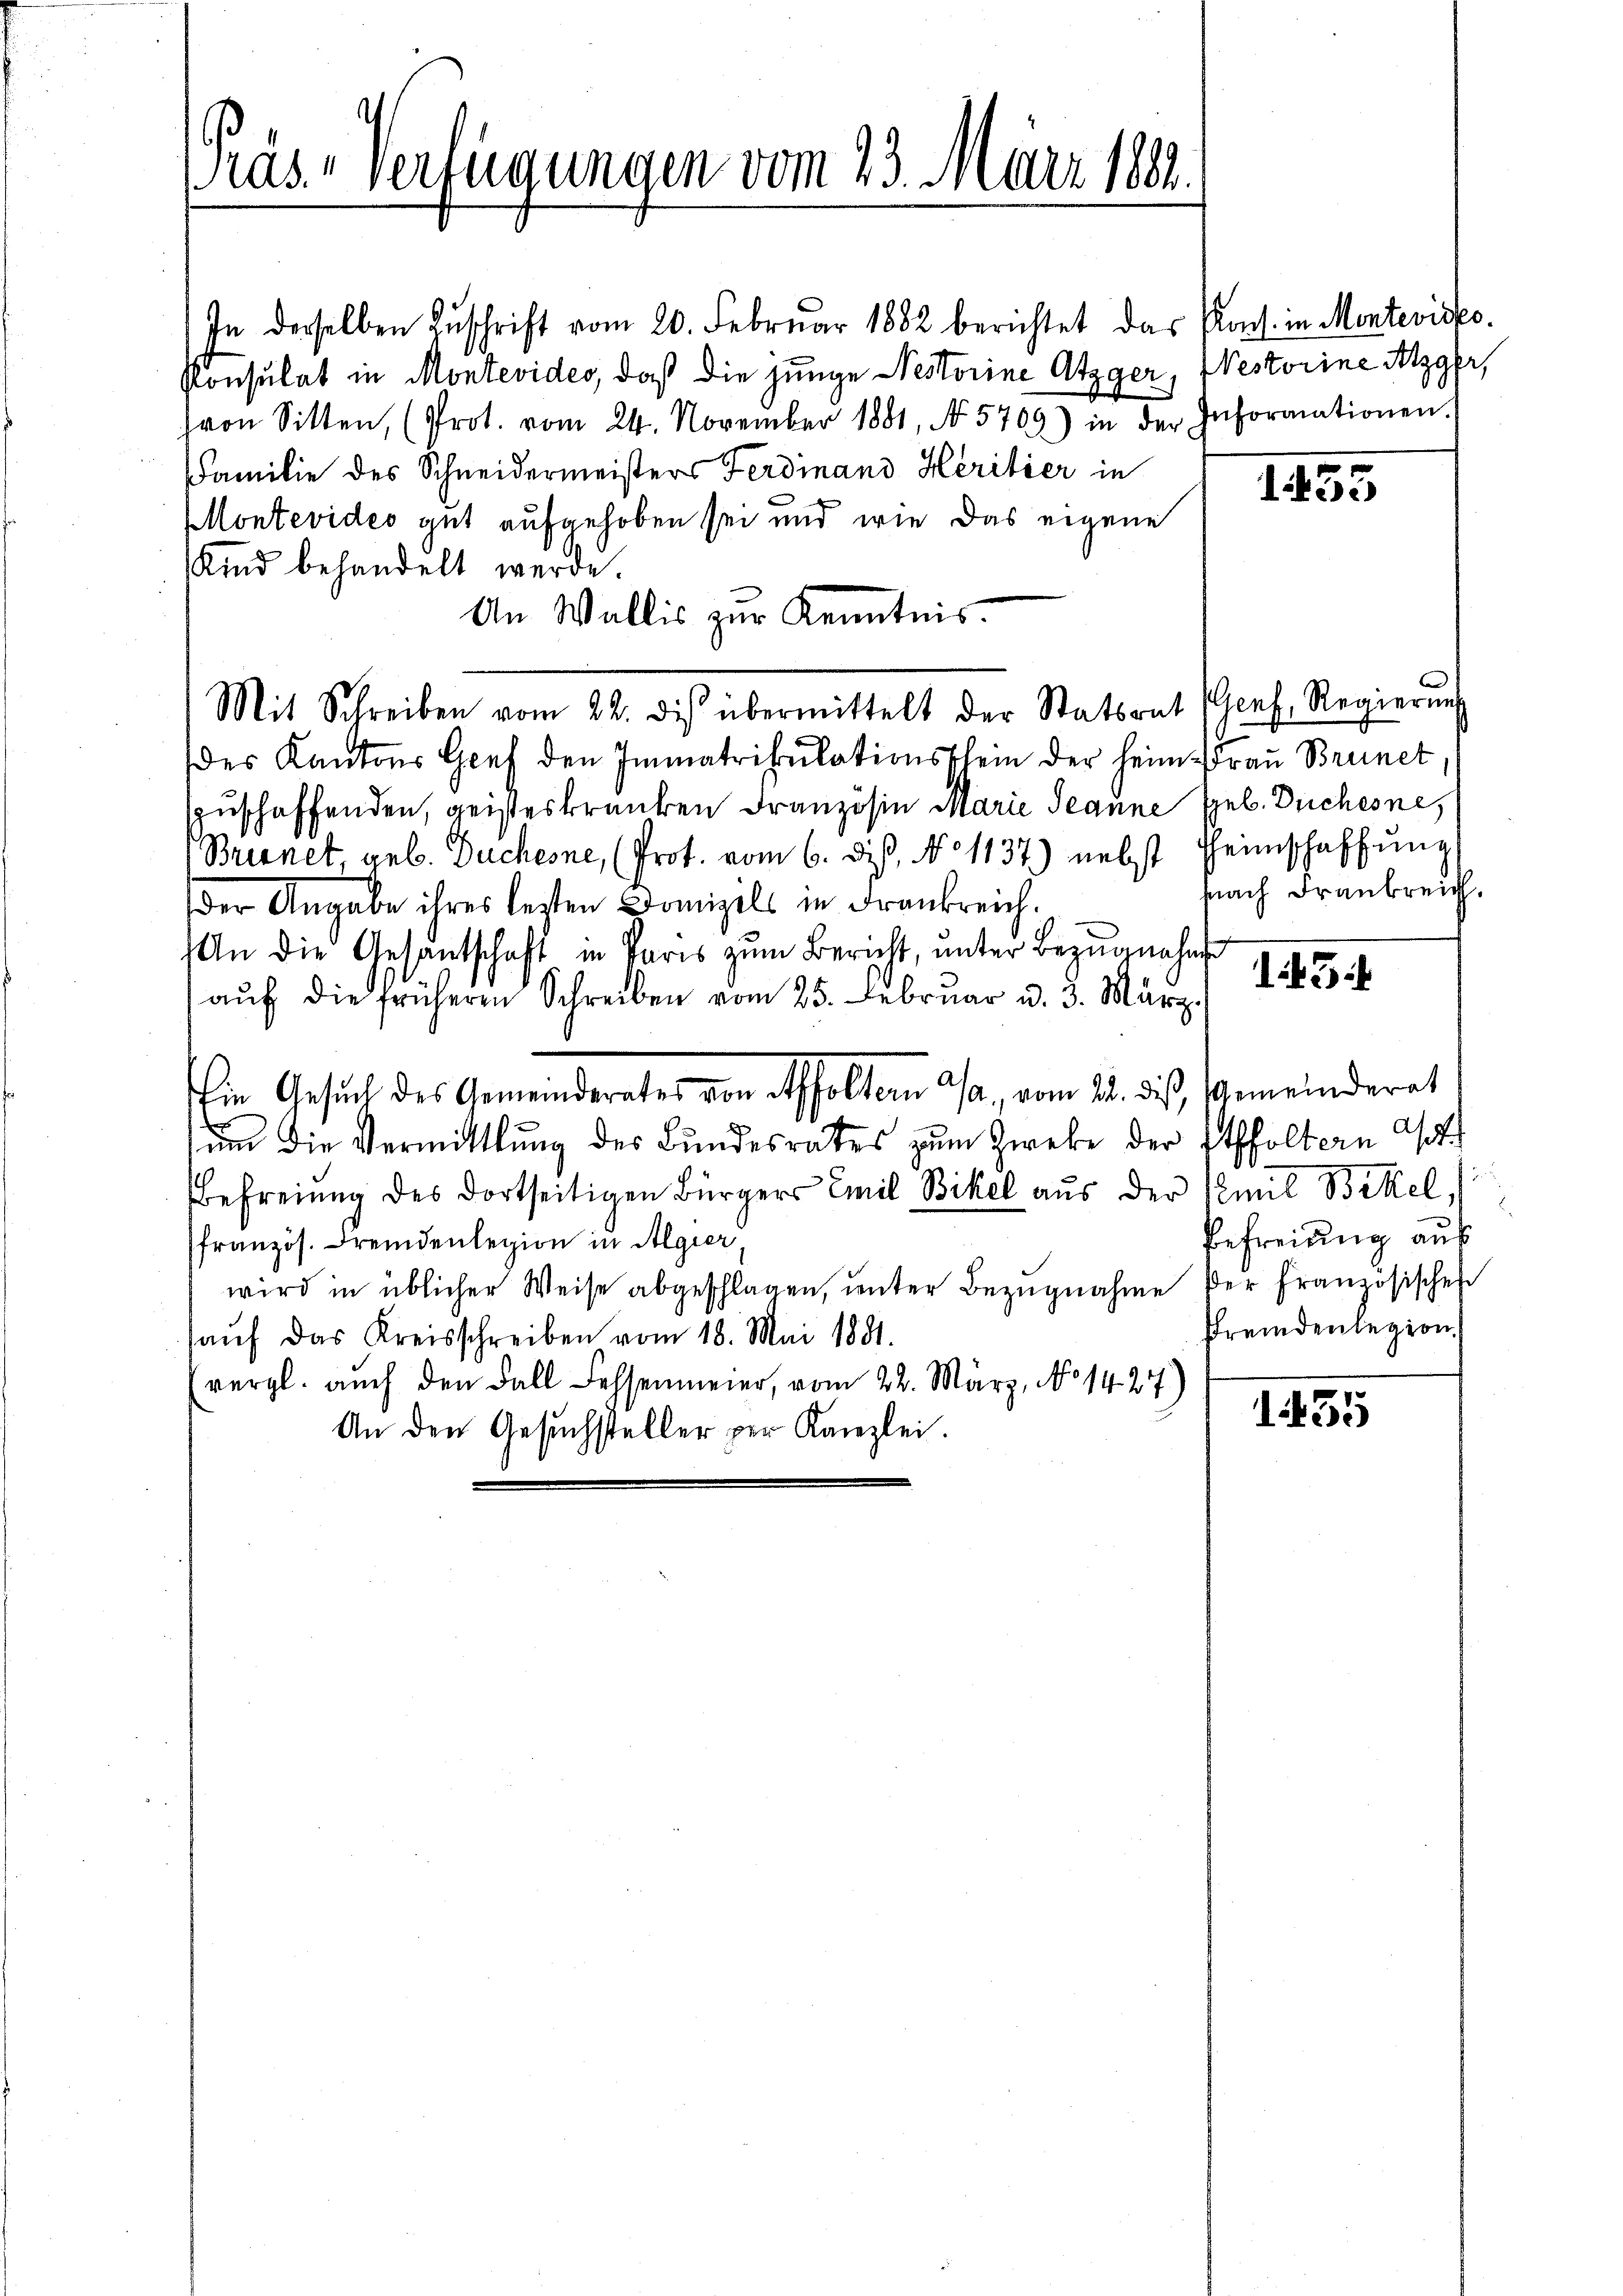
Präs. Verfügungen vom 23. März 1882.

In derselben Zuschrift vom 20. Februar 1882 berichtet das Koch in Montevisko¬
Konsulat in Montevides, daß die junge Nestorine Atzger, Westorine Alzger,
von Sitten, (Prot. vom 24. November 1881, No 5769) in der Informationen.
Familie des Schneidermeisters Ferdinand Heritier in
Montevides gut aufgehoben sei und wie das eigene
Kind behandelt werde.
An Wallis zur Kenntnis.
Mit Schreiben vom 22. des übermittelt der Statsrat (Genf, Regierŭng
(des Kantons Gref den Immatrikulationsschein der heim Frau Brunet,
zuschaffenden, geisteskranken Französin Marie Jeanne geb. Buchesne
Brennet, geb. Duchesne, (Prot. vom 6. dis, No 1137) nebst Heimschaffung
der Angabe ihres lezten Domizils in Frankreich.
An die Gesantschaft in Paris zum Bericht, unter Bezugnahme
1454
auf die früheren Schreiben vom 25. Februar d. 3. März
Ein Gesuch des Gemeinderates von Affoltern a/a, vom 21. des, Gemeinderet
um die Vermittlung des Bundesrates zum Zwecke der Etffoltern
Befreiung des dortseitigen Bürgers Emil Bikel aus der Emil Bikel,
Befreiung auf
französ. Fremdenlegion in Algier
wird in üblicher Weise abgeschlagen, ŭnter Bezŭgnahme der französischen
Fremdenlegion.
haŭf das Kreisschreiben vom 18. Mai 1881.
vergl. auch den Fall Fessenmeier, vom 22. März, No 1427)
35
An den Gesuchsteller per Kanzlei.

1455

fnach Frankreich